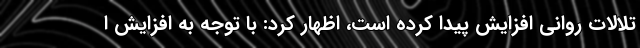
تلالات روانی افزایش پیدا کرده است، اظهار کرد: با توجه به افزایش ا